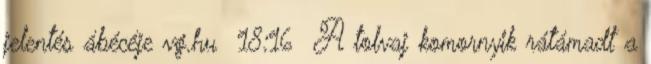
jelentés ábécéje vg.hu 18:16 A tolvaj komornyik rátámadt a